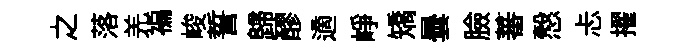
之落羌褊峻誓歸醪適峥矯曇臉蕃慤忐擢